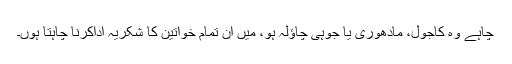
چاہے وہ کاجول، مادھوری یا جوہی چاؤلہ ہو، میں ان تمام خواتین کا شکریہ اداکرنا چاہتا ہوں۔